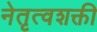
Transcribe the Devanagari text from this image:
नेतृत्वशक्ती